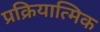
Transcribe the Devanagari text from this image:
प्रक्रियात्मिक